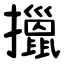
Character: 擸